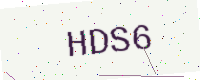
Text: HDS6